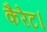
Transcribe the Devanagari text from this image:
कैरेट।